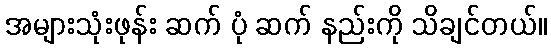
အများသုံးဖုန်း ဆက် ပုံ ဆက် နည်းကို သိချင်တယ်။